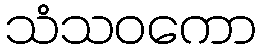
သံသဝကော